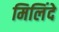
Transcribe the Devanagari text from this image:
मिलिंदे